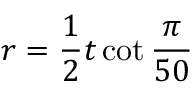
r = { \frac { 1 } { 2 } } t \cot { \frac { \pi } { 5 0 } }